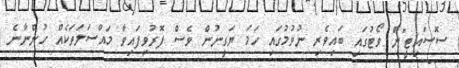
ސޮސައިޓީ"ން ވޯޓުގައި ބައިވެރި ނުވުމުގައި ހަމަ ޔަގީނުން ވެސް ފޮރުވިފައިވާ މައްސަލަތަކެއް ހުންނާނެ